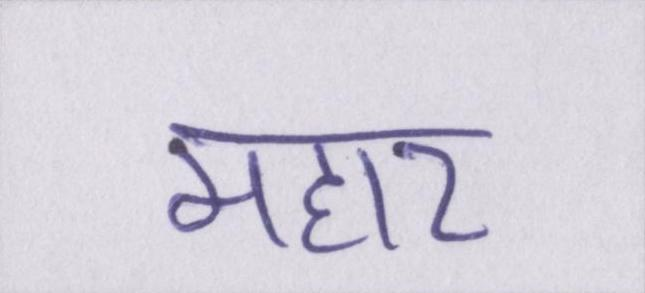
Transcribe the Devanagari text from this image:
महार